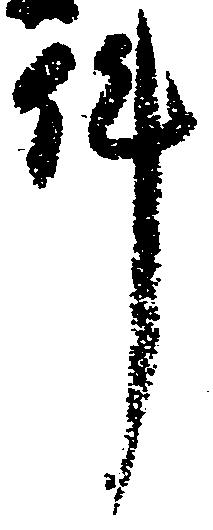
件